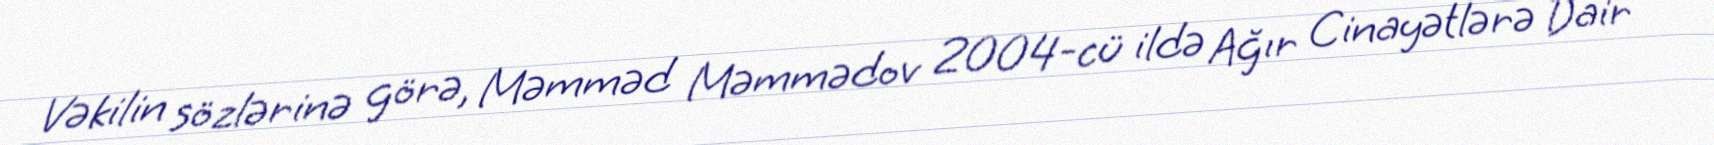
Vəkilin sözlərinə görə, Məmməd Məmmədov 2004-cü ildə Ağır Cinayətlərə Dair